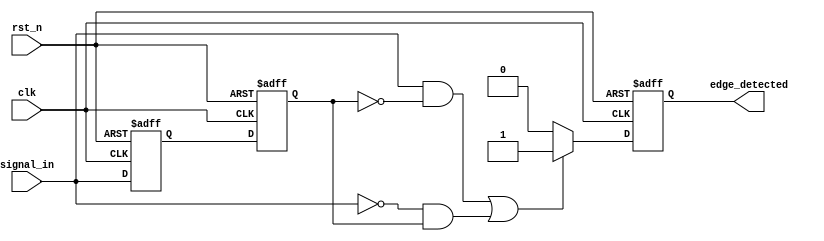
module GlitchFreeEdgeDetector (
    input wire clk,               // Clock input
    input wire rst_n,             // Active-low reset
    input wire signal_in,         // Input signal
    output reg edge_detected      // Output signal indicating edge detection
);

    // Memory blocks to hold previous states
    reg signal_prev1;             // Current state (1 clock cycle delay)
    reg signal_prev2;             // Previous state (2 clock cycles delay)

    // Edge detection logic
    wire rising_edge;
    wire falling_edge;

    // Detect rising and falling edges
    assign rising_edge = (signal_in == 1'b1) && (signal_prev2 == 1'b0);
    assign falling_edge = (signal_in == 1'b0) && (signal_prev2 == 1'b1);

    // Edge detector output logic
    always @ (posedge clk or negedge rst_n) begin
        if (!rst_n) begin
            // Reset state
            signal_prev1 <= 1'b0;
            signal_prev2 <= 1'b0;
            edge_detected <= 1'b0;
        end else begin
            // Shift the states
            signal_prev2 <= signal_prev1; // Store previous state
            signal_prev1 <= signal_in;     // Update current state
            
            // Edge detection output
            if (rising_edge || falling_edge) begin
                edge_detected <= 1'b1; // Edge detected
            end else begin
                edge_detected <= 1'b0;  // No edge
            end
        end
    end

endmodule